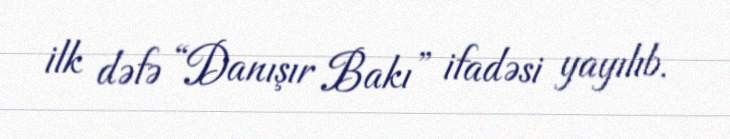
ilk dəfə “Danışır Bakı” ifadəsi yayılıb.